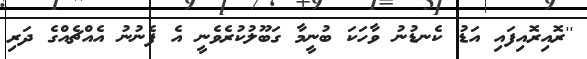
''ރޮއިރޮއިފައި އަޑު ކެނޑުނު ވާހަކަ ބުނީމާ ގަބޫލުކުރެވެނީ އެ ފެނުނު އެއްޗެއްގެ ދަރި